Vaccine operations Central Provinces 1886-1899 - 1886-1899
Year: 1886
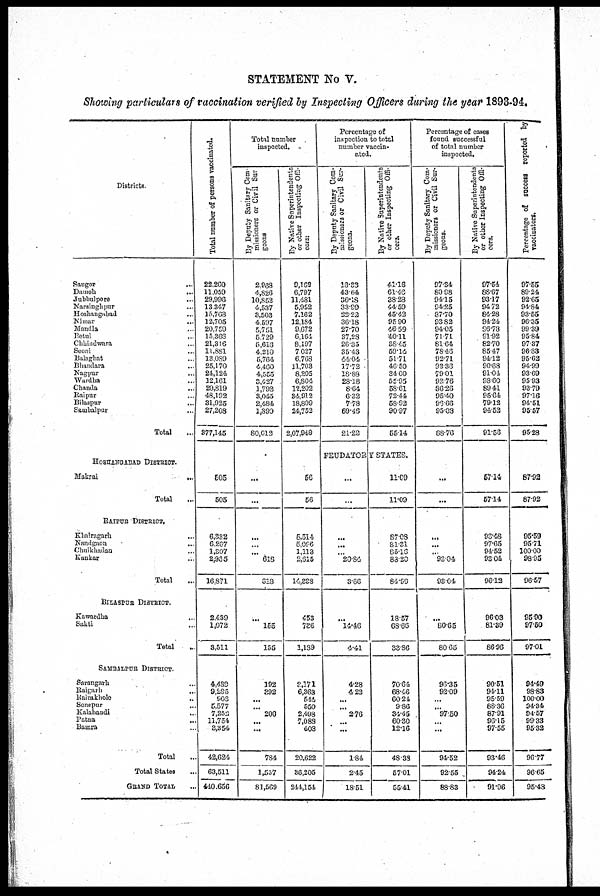
STATEMENT No V.
Showing particulars of vaccination verified by Inspecting Officers during the year 1893-94.
Districts.
Saugor
...
Damoh
...
Jubbulpore ...
Narsinghpur
...
Hoshangabad ...
Nimar ...
Mandla ...
Betul ...
Chhindwara ...
Seoni ...
Balaghat ...
Bhandara
...
Nagpur ...
Wardha ...
Chanda ...
Raipur ...
Bilaspur ...
Sambalpur ...
Total ...
HOSHANGABAD DISTRICT.
Makrai
...
Total ...
RAIPUR DISTRICT.
Khairagarh
...
Nandgaon
...
Chuikhadan ...
Kankar ...
Total ...
BILASPUR DISTRICT.
Kawardha
...
Sakti ...
Total ...
SAMDALPUR DISTRICT.
Sarangarh ...
Raigarh
...
Rairakhole
...
Sonepur
...
Kalahandi ...
Patna ...
Bamra ...
Total ...
Total States ...
GRAND TOTAL ...
Total number of persona vaccinated.
22,260
11,059
29,996
13,347
15,763
12,705
20,759
15,368
21,316
11,881
13,089
25,170
24,124
12,161
20,819
48,192
31,925
27,208
377,145
505
505
6,332
6,267
1,307
2,965
16,871
2,439
1,072
3,511
4,489
9,295
903
5,577
7,252
11,754
3,354
42,624
63,511
440,656
Total number
inspected.
By Deputy Sanitary Com-
missioners or Civil Sur-
geons
2,968
4,826
10,852
4,537
3,503
4,597
5,751
5,729
5,616
4,210
5,764
4,460
4,555
3,427
1,798
3,045
2,484
1,890
80,012
...
...
...
...
...
618
618
...
155
155
192
392
...
...
200
...
...
784
1,557
81,569
By Native Superintendents
or other Inspecting Offi-
cers.
9,162
6,797
11,481
5,952
7,162
12,184
9,672
6,164
8,197
7,027
6,768
11,703
8,205
6,804
12,202
34,912
18,809
24,752
2,07,949
56
56
5,514
5,096
1,113
2,615
14,338
453
736
1,189
8,171
6,363
544
550
2,498
7,088
403
20,622
36,205
244,154
Percentage of
inspection to total
number vaccin-
ated.
By Deputy Sanitary Com-
missioners or Civil Sur-
geons.
13.33
43.64
36.18
33.99
22.22
36.18
27.70
37.28
26.35
35.43
44.04
17.72
18.88
28.18
8.64
6.32
7.78
69.46
21.22
By Native Superintendents
or other Inspecting Offi-
cers.
41.16
61.46
38.28
44.59
45.42
95.90
46.59
40.11
38.45
59.14
51.71
46.50
34.00
55.95
58.61
72.44
58.92
90.97
55.14
FEUDATORY STATES.
...
...
...
...
...
20.84
3.66
...
14.46
4.41
4.28
4.22
...
...
2.76
...
...
184
2.45
18.51
11.09
11.09
87.08
81.31
85.16
88.20
84.99
18.57
68.66
33.86
70.64
68.46
60.24
9.86
34.45
60.30
12.16
48.33
57.01
55.41
Percentage of cases
found successful
of total number
inspected.
By Deputy Sanitary Com-
missioners or Civil Sur-
geons.
97.34
80.98
94.15
94.25
87.70
93.82
94.05
71.71
81.64
78.46
92.71
03.36
79.01
92.76
86.26
95.40
96.66
95.08
88.76
...
...
...
...
...
93.04
93.04
...
80.65
80.65
96.35
92.09
...
...
97.50
...
...
94.52
92.55
88.83
By Native Superintendents
or other Inspecting Offi-
cers.
97.54
88.67
93.17
94.72
84.28
94.24
96.73
91.92
82.70
85.47
94.12
90.68
91.04
98.60
89.41
95.64
79.12
94.52
91.56
57.14
57.14
96.48
97.65
94.52
93.04
96.12
96.03
81.39
86.96
90.51
94.11
95.59
88.36
87.91
96.15
97.55
93.46
94.24
91.96
Percentage of success reported by
vaccinators.
97.55
89.24
92.65
94.84
93.55
96.35
99.39
95.84
97.37
96.33
95.62
94.99
93.69
95.93
93.79
97.16
94.51
95.57
95.28
87.92
87.92
95.59
95.71
100.00
98.95
96.57
95.90
97.50
97.01
94.49
98.83
100.00
94.34
94.57
99.33
95.32
96.77
96.65
95.48